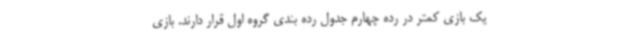
یک بازی کمتر در رده چهارم جدول رده بندی گروه اول قرار دارند. بازی